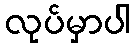
လုပ်မှာပါ